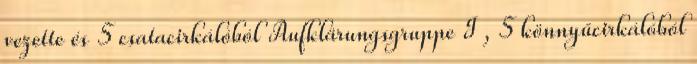
vezette és 5 csatacirkálóból Aufklärungsgruppe I , 5 könnyűcirkálóból